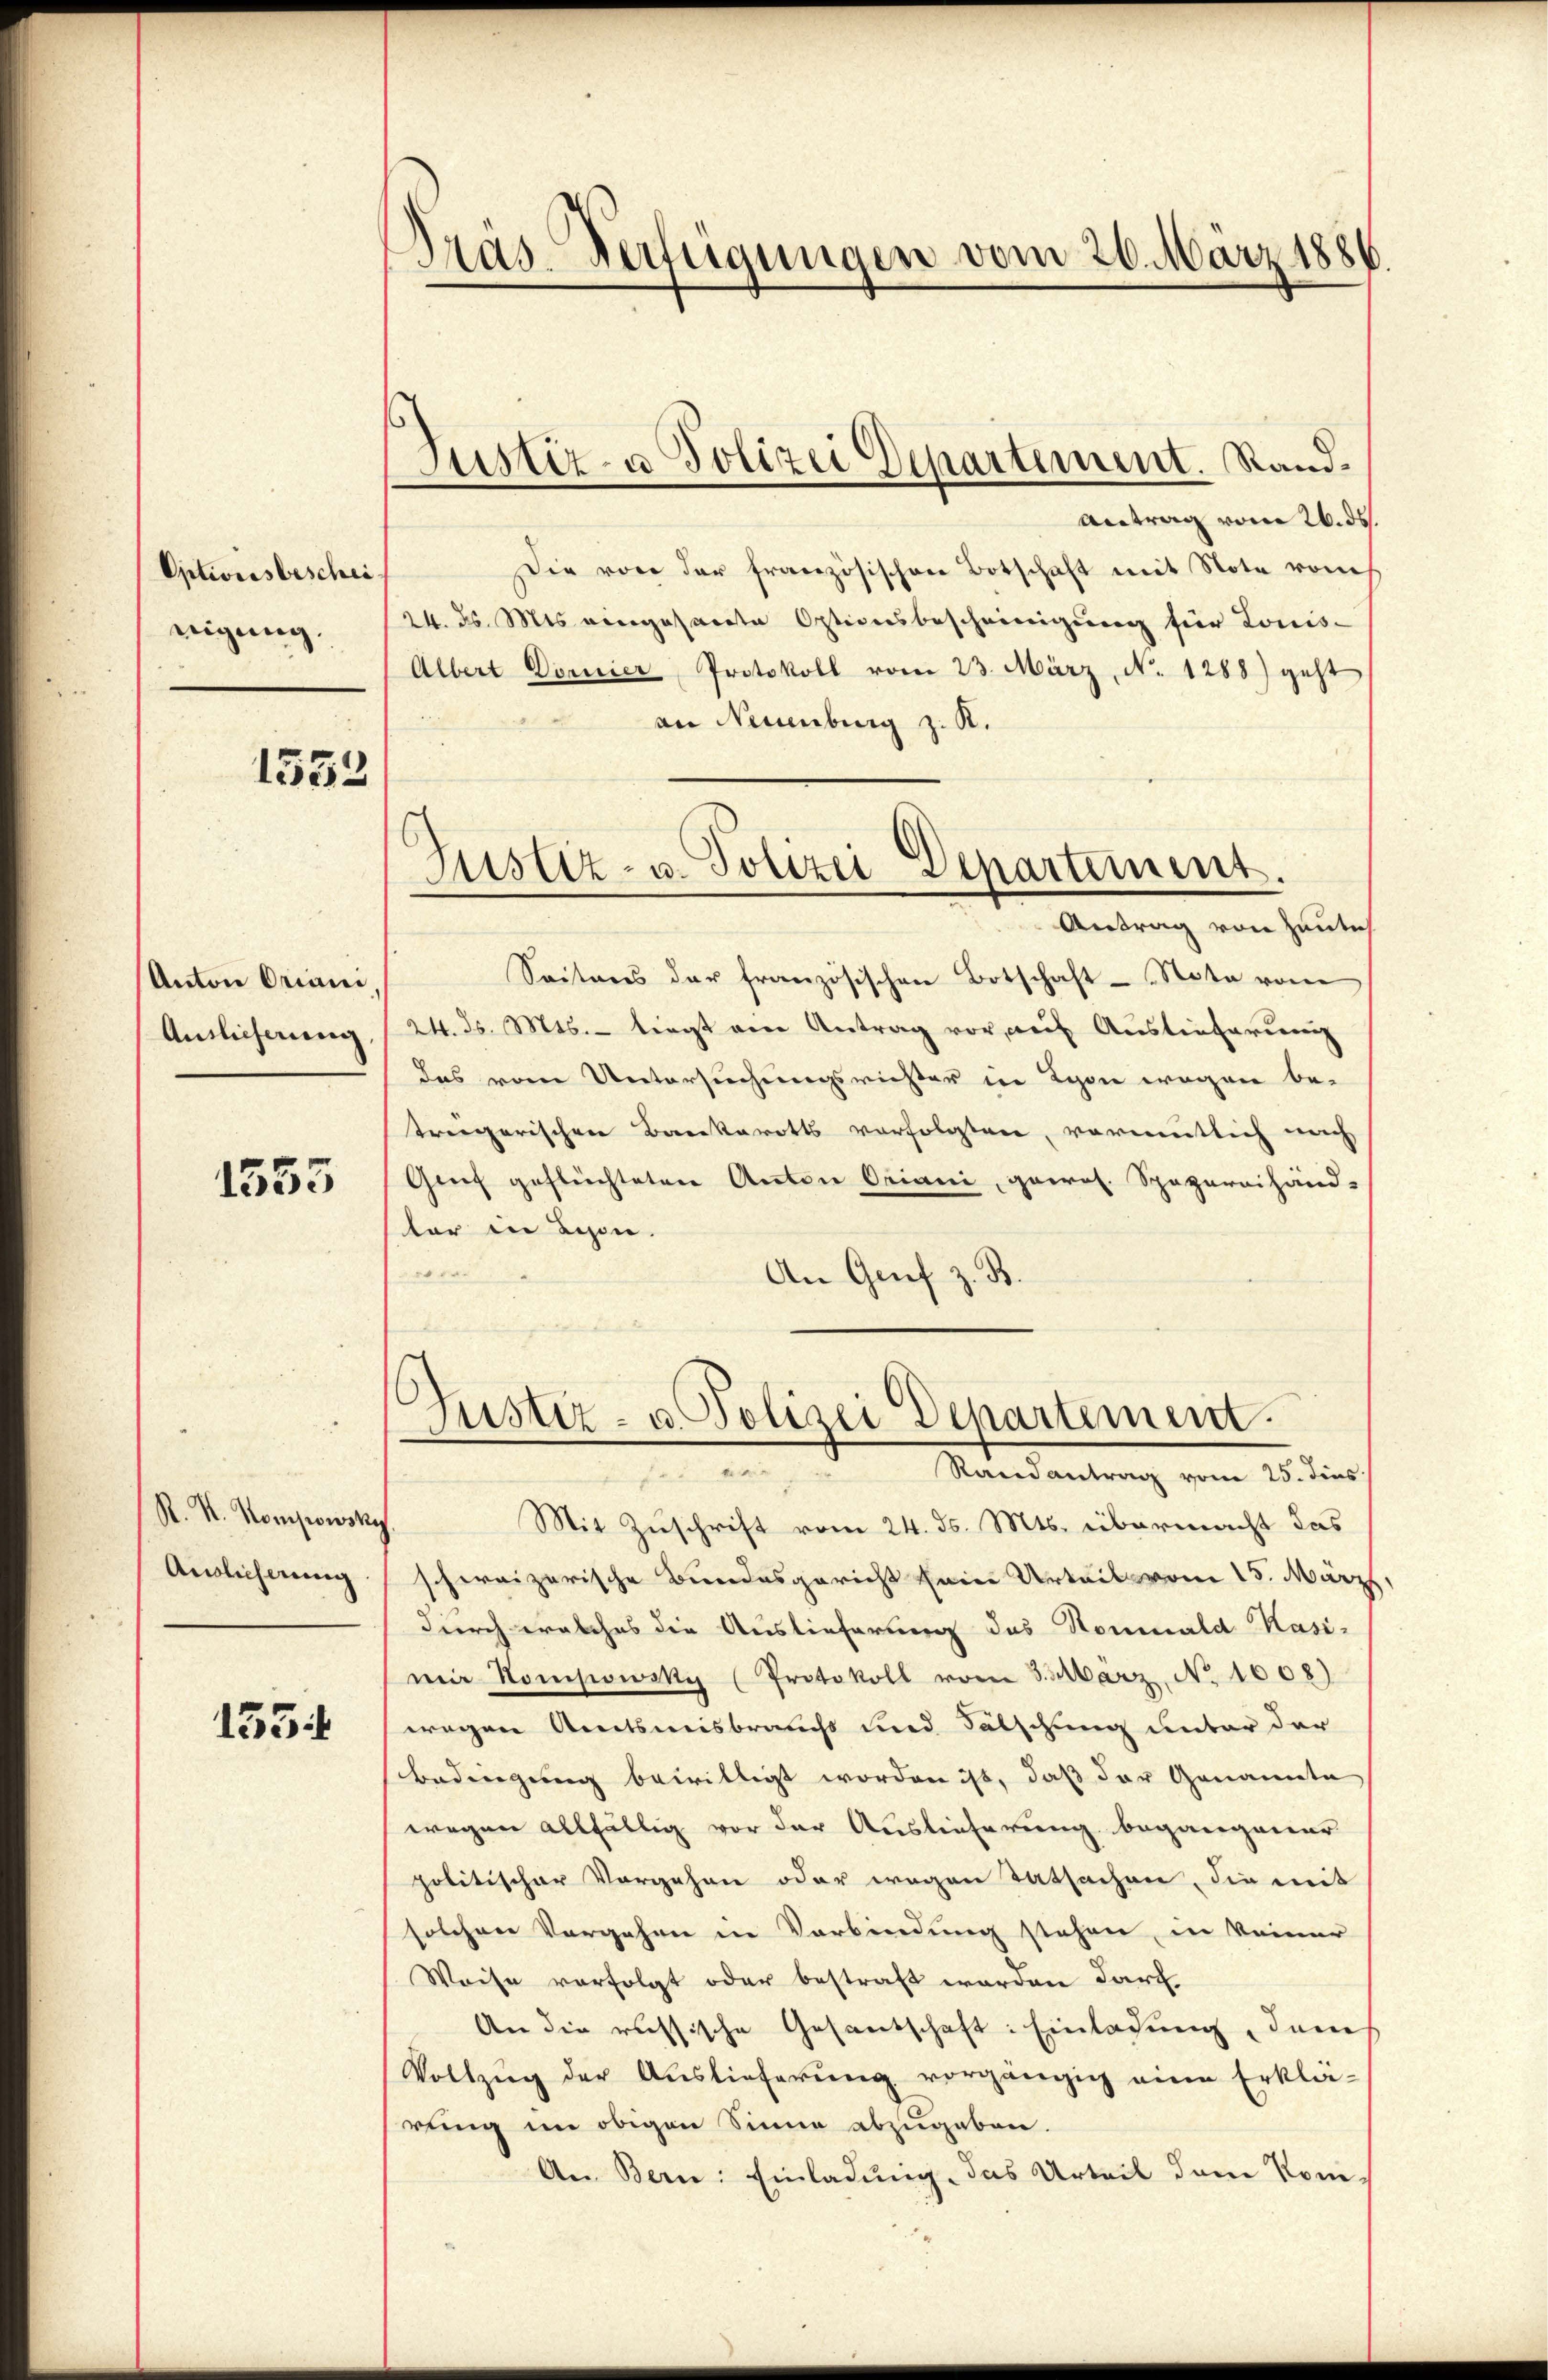
Optionsbeschei
nigung.

1553

Anton Orieni
Auslieferung

1553

R. R. Kompowsky
Auslicherung

155

Tras-Verfügungen vom 26. März 1886

Justiz- u Polizei Departement. Rand¬

Antrag vom 26. ds.
Die von der französischen Botschaft mit Note vom
24. ds. Mts. eingesandte Optionsbescheinigung für Louis-
Albert Dornier, Protokoll vom 23. März, N. 1288) geht
an Neuenburg z. R.
Antrag von heutlich
Seiteres der französischen Botschaft - Nota vom
24. ds. Mts. - liegt am Antrag vor, auf Auslieferung
das vom Untersuchungsrichter in Lyon wegen be-
triegerischen Bankerotts verfolgten, vormutlich nach
Genf geflüchteten Anton Oriani, gewos. Spazareihänd-
tar in Lyon.
An Genf z. B.
Justiz- u. Polizei Departement.
i
Randantrag vom 25. dies
Mit Zuschrift vom 24. ds. Mts. übermacht das
schweizerische Bundesgericht sein Urteil vom 15. März
durch welches die Auslieferung des Nominald Kasi-
meir Kompowsky (Protokoll vom 3. März. No. 1608)
wegen Amtsmisbrauchs und Fälschung unter der
Bedingung bewilligt worden ist, daß der Genannte
wegen allfällig vor der Auslieferung begangener
politischer Vorgehen oder wegen Tatsachen, die mit
solchen Vergehen in Verbindung stehen, in keiner
Weise verfolgt oder bestraft werden darf
An die russische Gesantschaft: Einladung, dan
Vollzŭg der Auslieferŭng vorgängig eine Erklä-
rung im obigen Sinne abzugeben.
An Bern: Einladung, das Urteil dem Nom

Justiz- u. Polizei Departement.